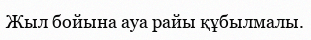
Жыл бойына ауа райы құбылмалы.